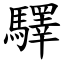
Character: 驛